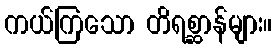
ကယ်ကြသော တိရစ္ဆာန်များ။